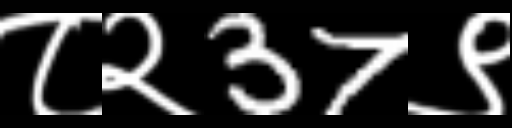
Text: ८२37९